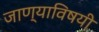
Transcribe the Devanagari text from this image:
जाण्याविषयी